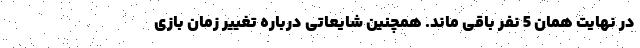
در نهایت همان 5 نفر باقی ماند. همچنین شایعاتی درباره تغییر زمان بازی